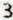
3